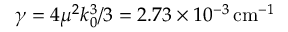
\gamma = 4 \mu ^ { 2 } k _ { 0 } ^ { 3 } / 3 = 2 . 7 3 \times 1 0 ^ { - 3 } \, \mathrm { c m } ^ { - 1 }